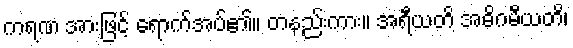
ကရဏ အားဖြင့် ရောက်အပ်၏။ တနည်းကား။ အရီယတိ အဓိဂမီယတိ၊